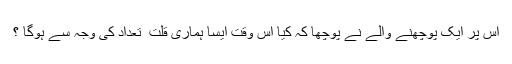
اس پر ایک پوچھنے والے نے پوچھا کہ کیا اس وقت ایسا ہماری قلت ِ تعداد کی وجہ سے ہوگا ؟